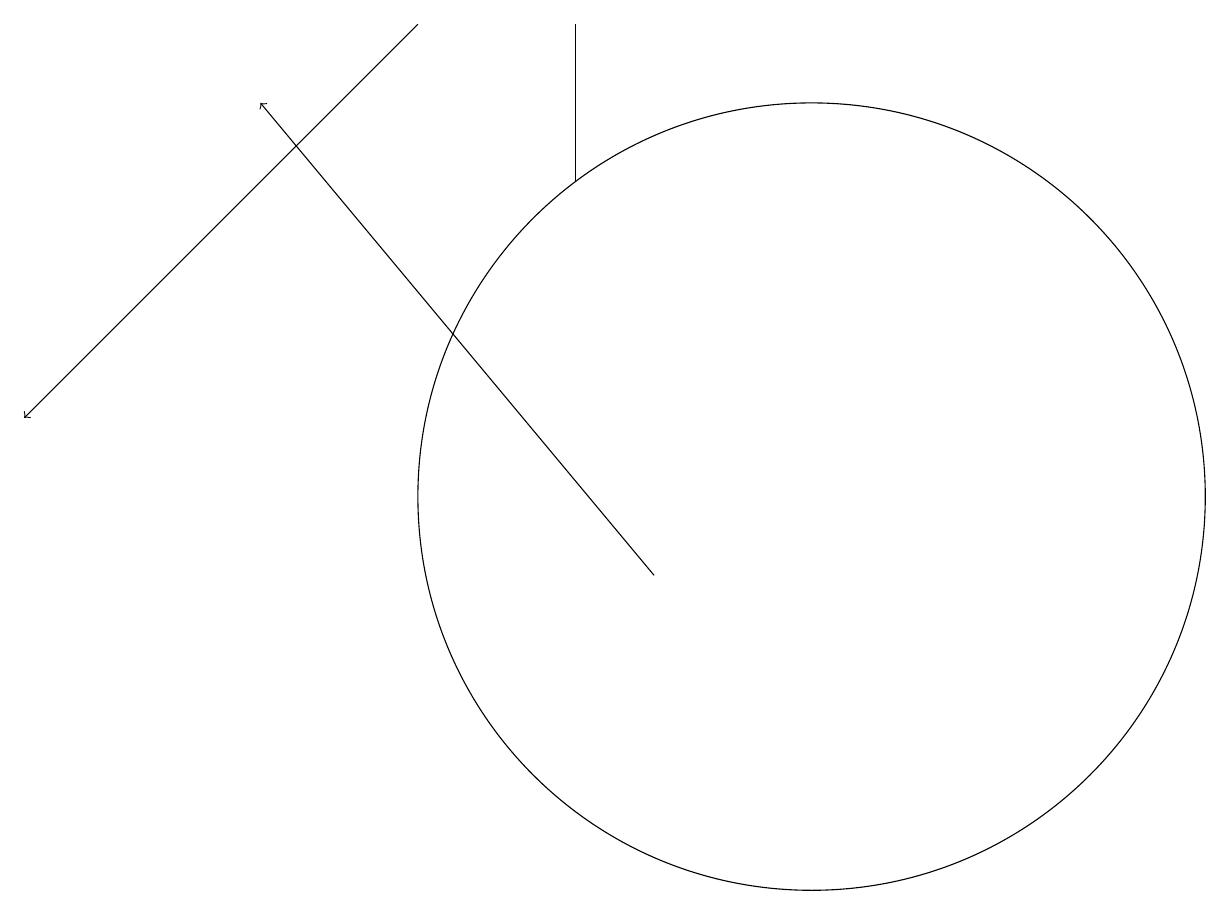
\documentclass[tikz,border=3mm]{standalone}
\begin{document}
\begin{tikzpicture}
\draw[->] (5,17) -- (0,12);
\draw (7,17) rectangle (7,15);
\draw[->] (8,10) -- (3,16);
\draw (10,12) circle (0);
\draw (10,11) circle (5);
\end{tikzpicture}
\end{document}